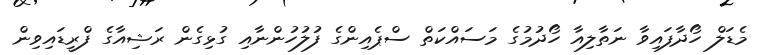
މެޑަލް ހޯދާފައިވާ ނަތާލިއާ ހޯދުމުގެ މަސައްކަތް ސްޕެއިންގެ ފުލުހުންނާއި ގުޅިގެން ރަޝިއާގެ ފްރީޑައިވިން